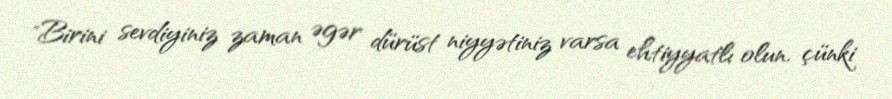
"Birini sevdiyiniz zaman əgər dürüst niyyətiniz varsa ehtiyyatlı olun, çünki